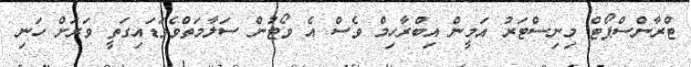
ޓްރާންސްޕޯޓް މިނިސްޓަރު އަމީން އިބްރާހިމް ވެސް އެ ވޯޓުން ސަލާމަތްވެވަޑައިގަތީ ވަރަށް ހަނި